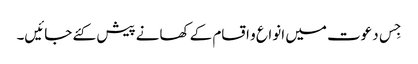
جِس دعوت میں انواع و اقسام کے کھانے پیش کئے جائیں۔